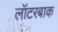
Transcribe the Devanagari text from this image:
लॉटरबाक